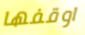
اوقفها